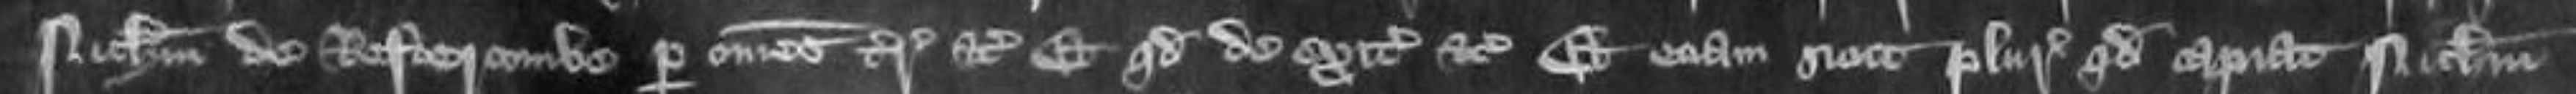
Nicholaum de Restercomb per omnes terre etc et quod de exitibus etc et etiam sicut pluries quod capiat Nicholaum